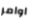
اوامر